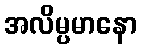
အလိမ္ပမာနော